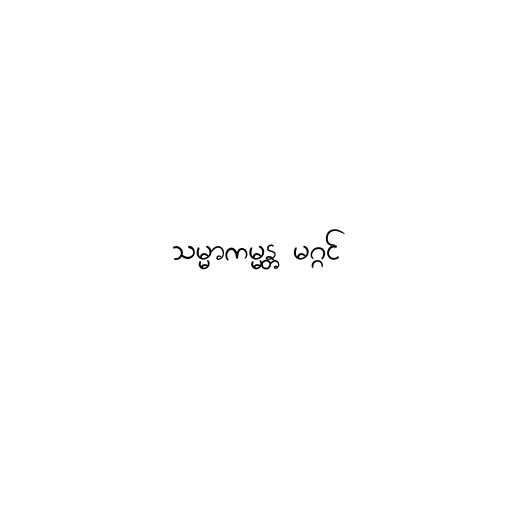
သမ္မာကမ္မန္တ မဂ္ဂင်